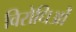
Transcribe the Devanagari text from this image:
विरोधिओं